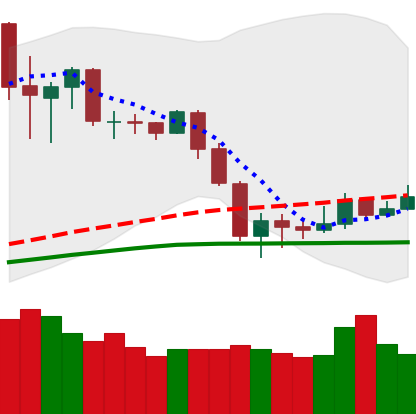
Ticker: NEO-USD
Chart end date: 2020-03-05
Forward return: -18.335%
Label: down_7plus